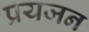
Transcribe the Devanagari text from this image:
प्रयजन